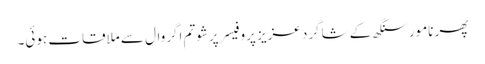
پھر نامور سنگھ کے شاگرد عزیز پروفیسر پرشوتم اگروال سے ملاقات ہوئی۔